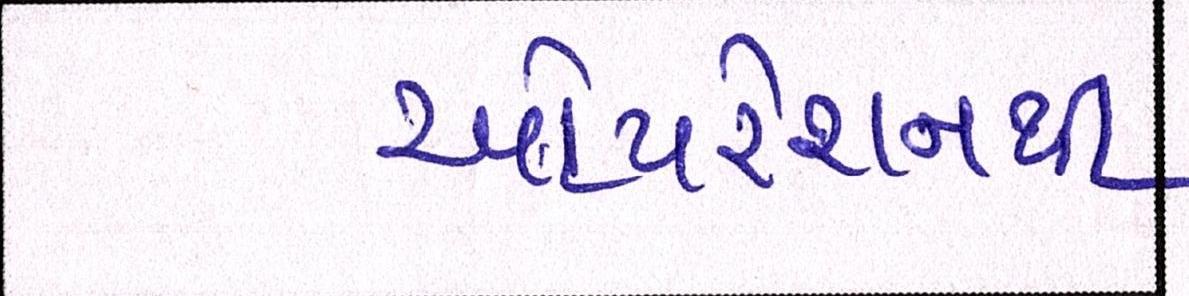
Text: ઓપરેશનથી